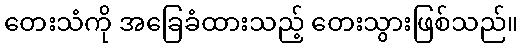
တေးသံကို အခြေခံထားသည့် တေးသွားဖြစ်သည်။